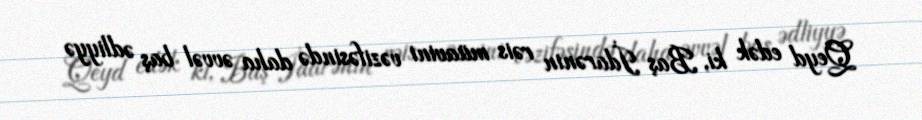
Qeyd edək ki, Baş İdarənin rəis müavini vəzifəsində daha əvvəl baş ədliyyə